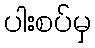
ပါးစပ်မှ